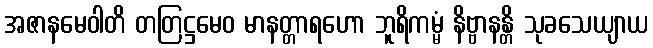
အဇာနမေဝါတိ တတြဋ္ဌမေဝ မာနတ္တာရဟော ဘူရိကမ္မံ နိဗ္ဗာနန္တိ သုခသေယျာယ